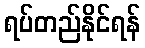
ရပ်တည်နိုင်ရန်